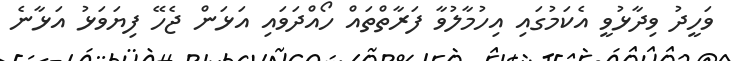
ވަހީދު ވިދާޅުވީ އެކަމުގައި އިހުމާލުވާ ފަރާތްތައް ހޯއްދަވައި އަޅަން ޖެހޭ ފިޔަވަޅު އަޅާނެ